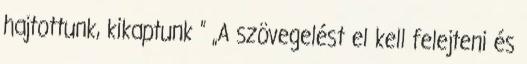
hajtottunk, kikaptunk ” „A szövegelést el kell felejteni és